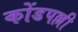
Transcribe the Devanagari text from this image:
कोंडपल्ली